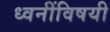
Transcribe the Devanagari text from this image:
ध्वनींविषयी